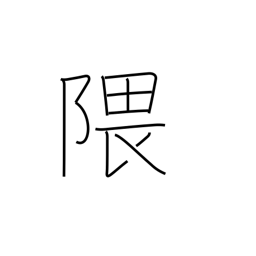
Meaning: recess